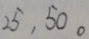
2 5 , 5 0 .